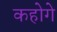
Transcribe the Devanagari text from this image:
कहोगे